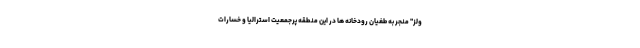
ولز" منجر به طغیان رودخانه ها در این منطقه پرجمعیت استرالیا و خسارات